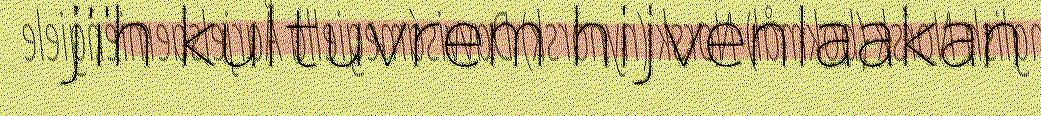
jïh kultuvrem hijvenlaakan